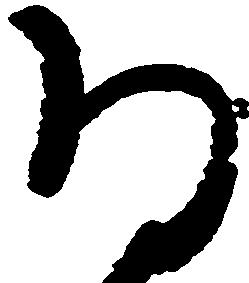
将